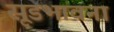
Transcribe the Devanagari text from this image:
सूडभावना